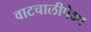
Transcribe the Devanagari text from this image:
वाटचालीपेक्षा